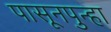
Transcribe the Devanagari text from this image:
पासूनपुन्हा